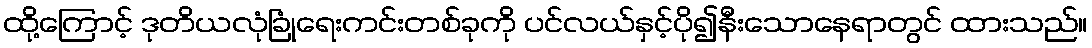
ထို့ကြောင့် ဒုတိယလုံခြုံရေးကင်းတစ်ခုကို ပင်လယ်နှင့်ပို၍နီးသောနေရာတွင် ထားသည်။